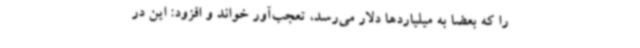
را که بعضا به میلیاردها دلار می‌رسد، تعجب‌آور خواند و افزود: این در